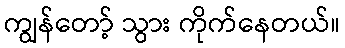
ကျွန်တော့် သွား ကိုက်နေတယ်။